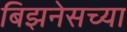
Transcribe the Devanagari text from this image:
बिझनेसच्या